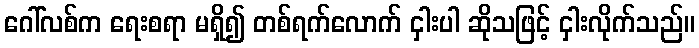
ဂေါ်လစ်က ရေးစရာ မရှိ၍ တစ်ရက်လောက် ငှါးပါ ဆိုသဖြင့် ငှါးလိုက်သည်။